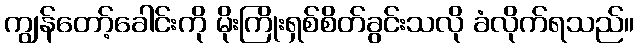
ကျွန်တော့်ခေါင်းကို မိုးကြိုးရှစ်စိတ်ခွင်းသလို ခံလိုက်ရသည်။